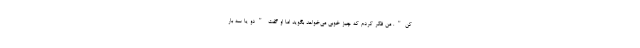
کن". من فکر کردم که چیز خوبی می‌خواهد بگوید اما او گفت "دو یا سه بار